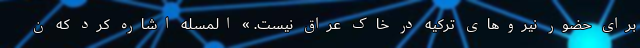
برای حضور نیروهای ترکیه در خاک عراق نیست. » المسله اشاره کرد که ن